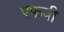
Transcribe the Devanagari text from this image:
एफवी